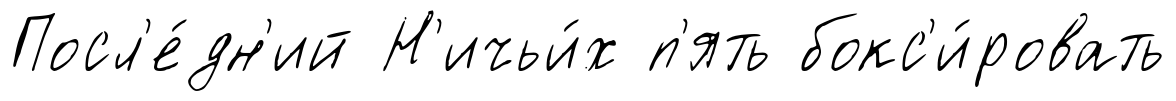
Посл'е́дн'ий Н'ичьи́х п'ять бокс'и́ровать